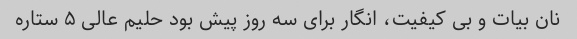
نان بیات و بی کیفیت، انگار برای سه روز پیش بود حلیم عالی ۵ ستاره